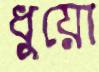
ধুয়ো